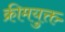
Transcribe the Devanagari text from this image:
क्रीमयुक्त